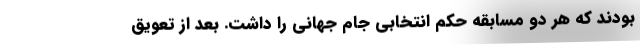
بودند که هر دو مسابقه حکم انتخابی جام جهانی را داشت. بعد از تعویق